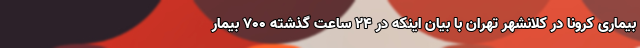
بیماری کرونا در کلانشهر تهران با بیان اینکه در ۲۴ ساعت گذشته ۷۰۰ بیمار